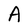
Character: A